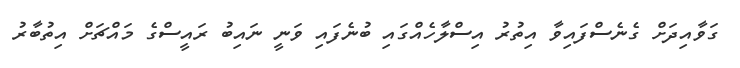
ގަވާއިދަށް ގެނެސްފައިވާ އިތުރު އިސްލާހެއްގައި ބުނެފައި ވަނީ ނައިބު ރައީސްގެ މައްޗަށް އިތުބާރު